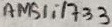
Text: AMS1117-3,3